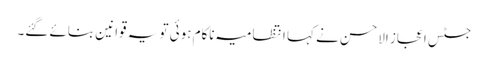
جسٹس اعجاز الاحسن نے کہا انتظامیہ ناکام ہوئی تو یہ قوانین بنائے گئے۔